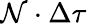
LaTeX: \mathcal{N}\cdot\Delta\tau